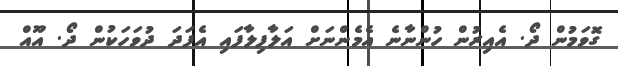
ގޮވަމުން ދޯ. އެއިރުން ހުންނާނެ އެމެންނަށް އަލާފިލާފައި އެފަދަ ދުވަހަކުން ދޯ. އޫއް